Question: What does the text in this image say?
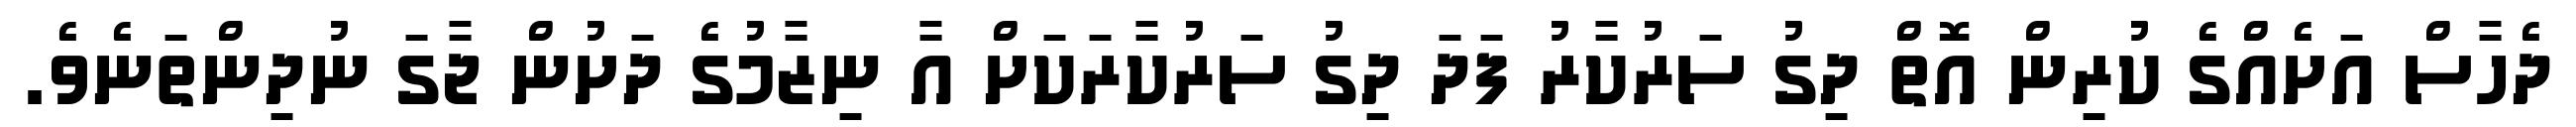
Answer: ދެހާސް އަށެއްގެ ކުރިން އޮތް ދިގު ސަރުކާރު ފަދަ ދިގު ސަރުކާރަކަށް އާ ނިޒާމުގެ ދަށުން ޖާގަ ނުދިންތަނެވެ.